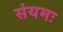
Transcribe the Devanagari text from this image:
संयमः